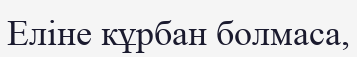
Еліне кұрбан болмаса,